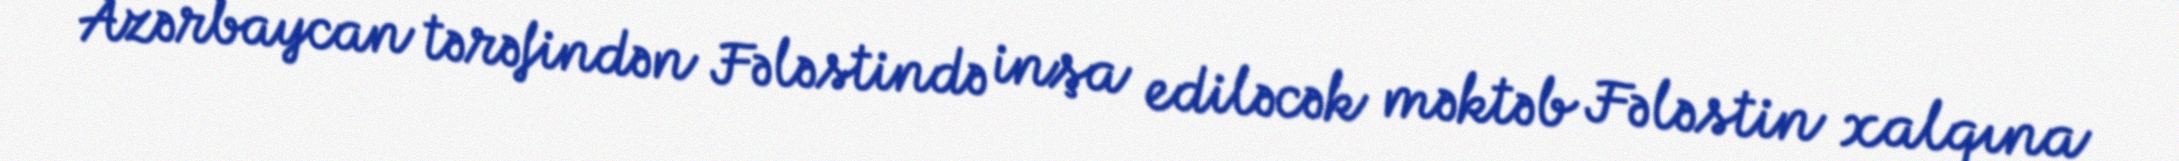
Azərbaycan tərəfindən Fələstində inşa ediləcək məktəb Fələstin xalqına